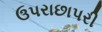
ઉપરાછાપરી